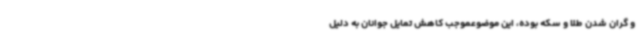
و گران شدن طلا و سکه بوده، این موضوعموجب کاهش تمایل جوانان به دلیل